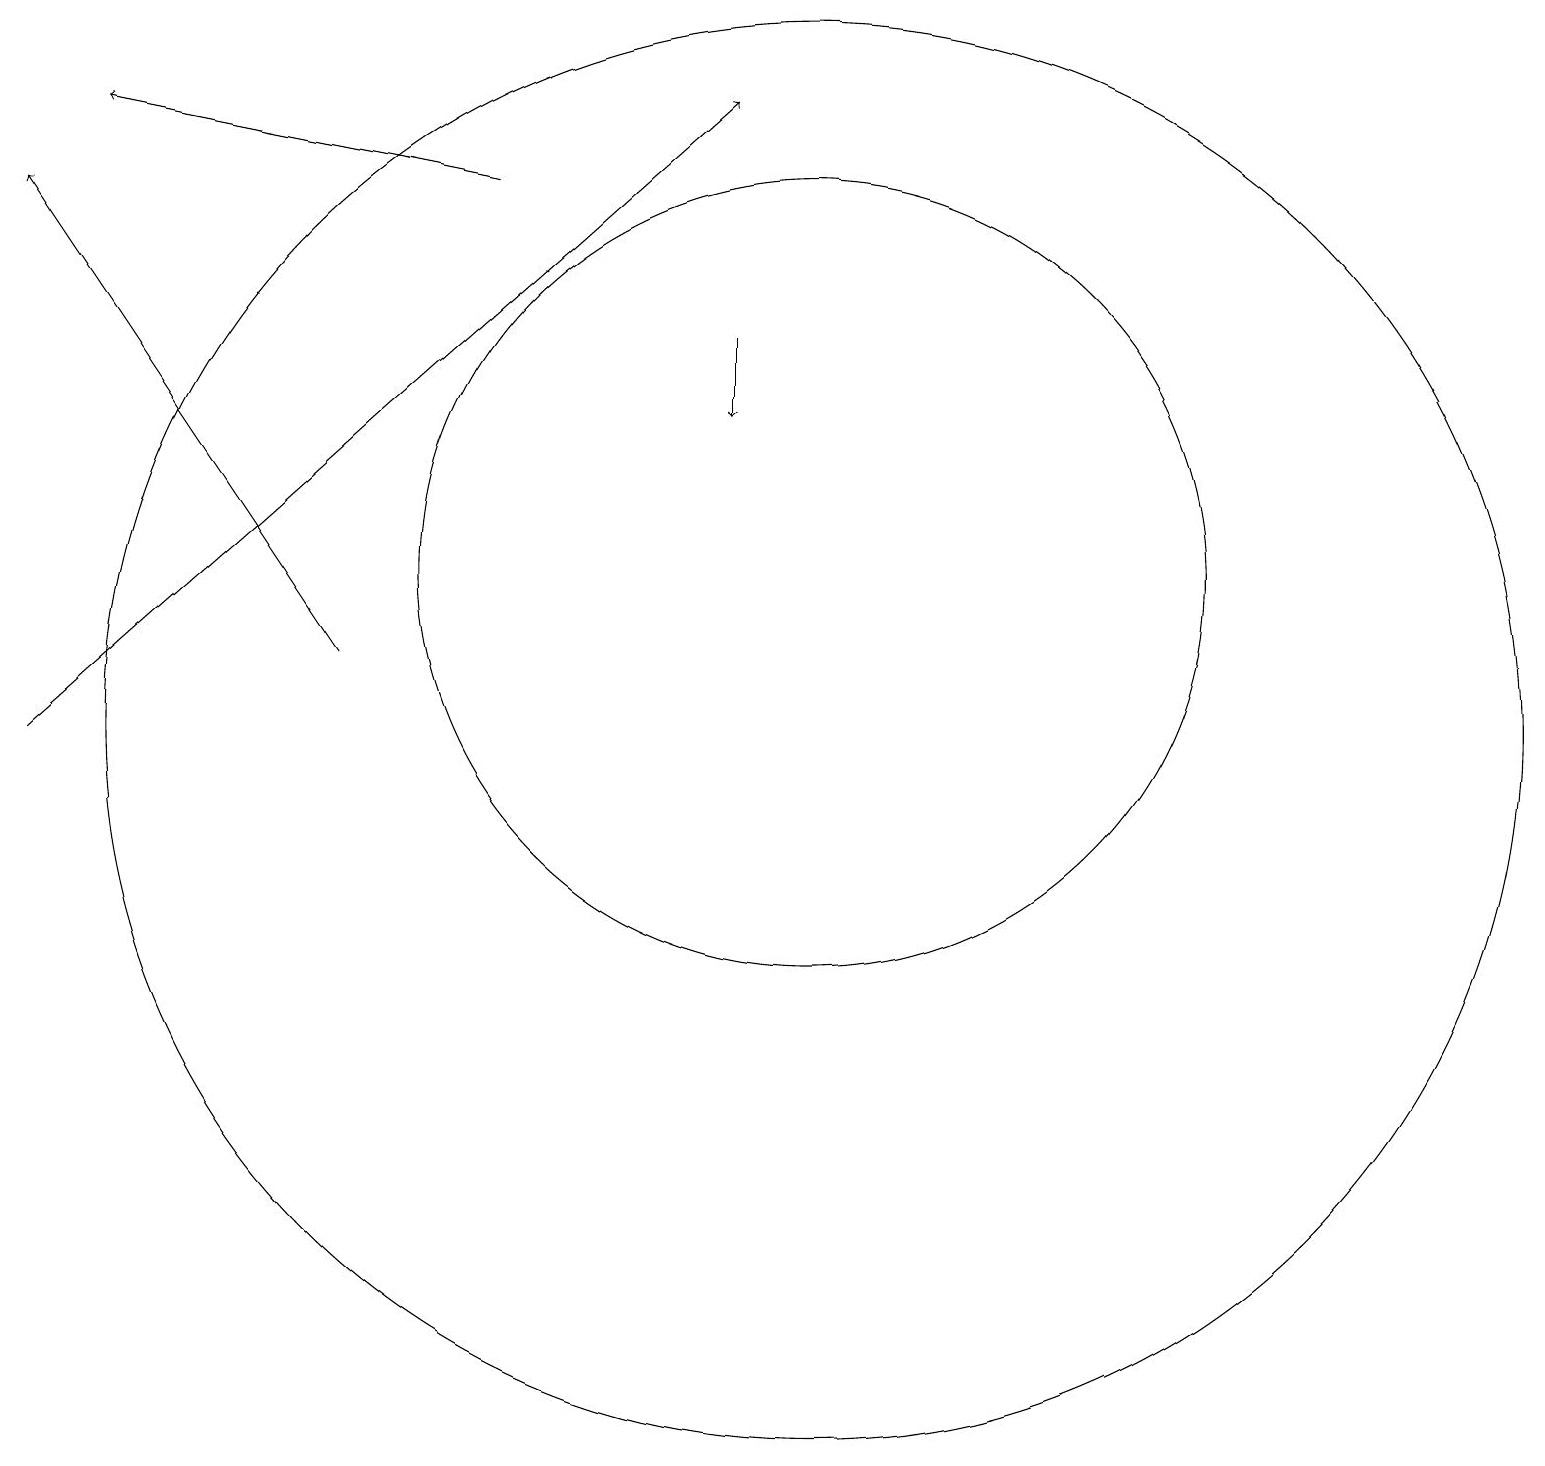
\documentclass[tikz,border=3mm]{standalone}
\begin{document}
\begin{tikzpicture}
\draw (10,12) circle (5);
\draw[->] (0,10) -- (9,18);
\draw[->] (9,15) -- (9,14);
\draw[->] (6,17) -- (1,18);
\draw[->] (4,11) -- (0,17);
\draw (10,10) circle (9);
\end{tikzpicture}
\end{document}